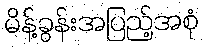
မိန့်ခွန်းအပြည့်အစုံ